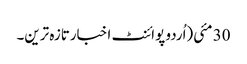
30 مئی(اُردو پوائنٹ اخبارتازہ ترین۔